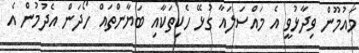
މައުމޫން ވިދާޅުވީ އެ މައްސަލައާ ގުޅޭ ހެކިތަކާއި ބަޔާންތައް ހޯދަން އެދުމުން އެ